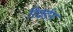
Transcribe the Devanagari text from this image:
रियर्डन